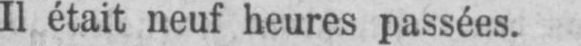
Il était neuf heures passées.